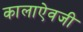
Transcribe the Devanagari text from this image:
कालाऐवजी